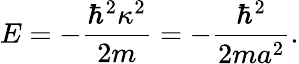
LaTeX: E=-\frac{\hbar^{2}\kappa^{2}}{2m}=-\frac{\hbar^{2}}{2ma^{2}}.